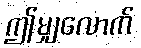
ဤမျှလောက်